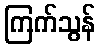
ကြက်သွန်